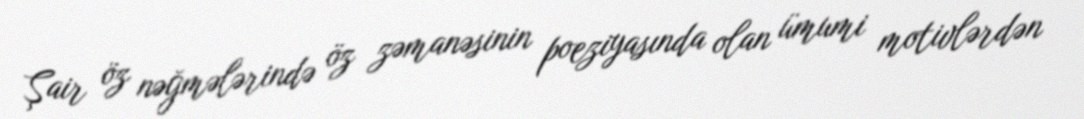
Şair öz nəğmələrində öz zəmanəsinin poeziyasında olan ümumi motivlərdən